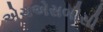
એચએસબીસી